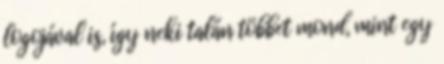
logojával is, így neki talán többet mond, mint egy